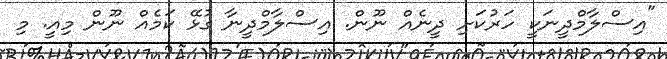
"އިސްލާމްދީނަކީ ހަރުކަށި ދީނެއް ނޫން. އިސްލާމްދީނާ ގުޅޭ ކަމެއް ނޫން މިއީ. މި